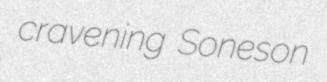
cravening Soneson